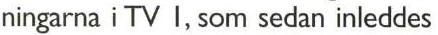
ningarna i TV I, som sedan inleddes